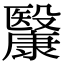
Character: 𣫥